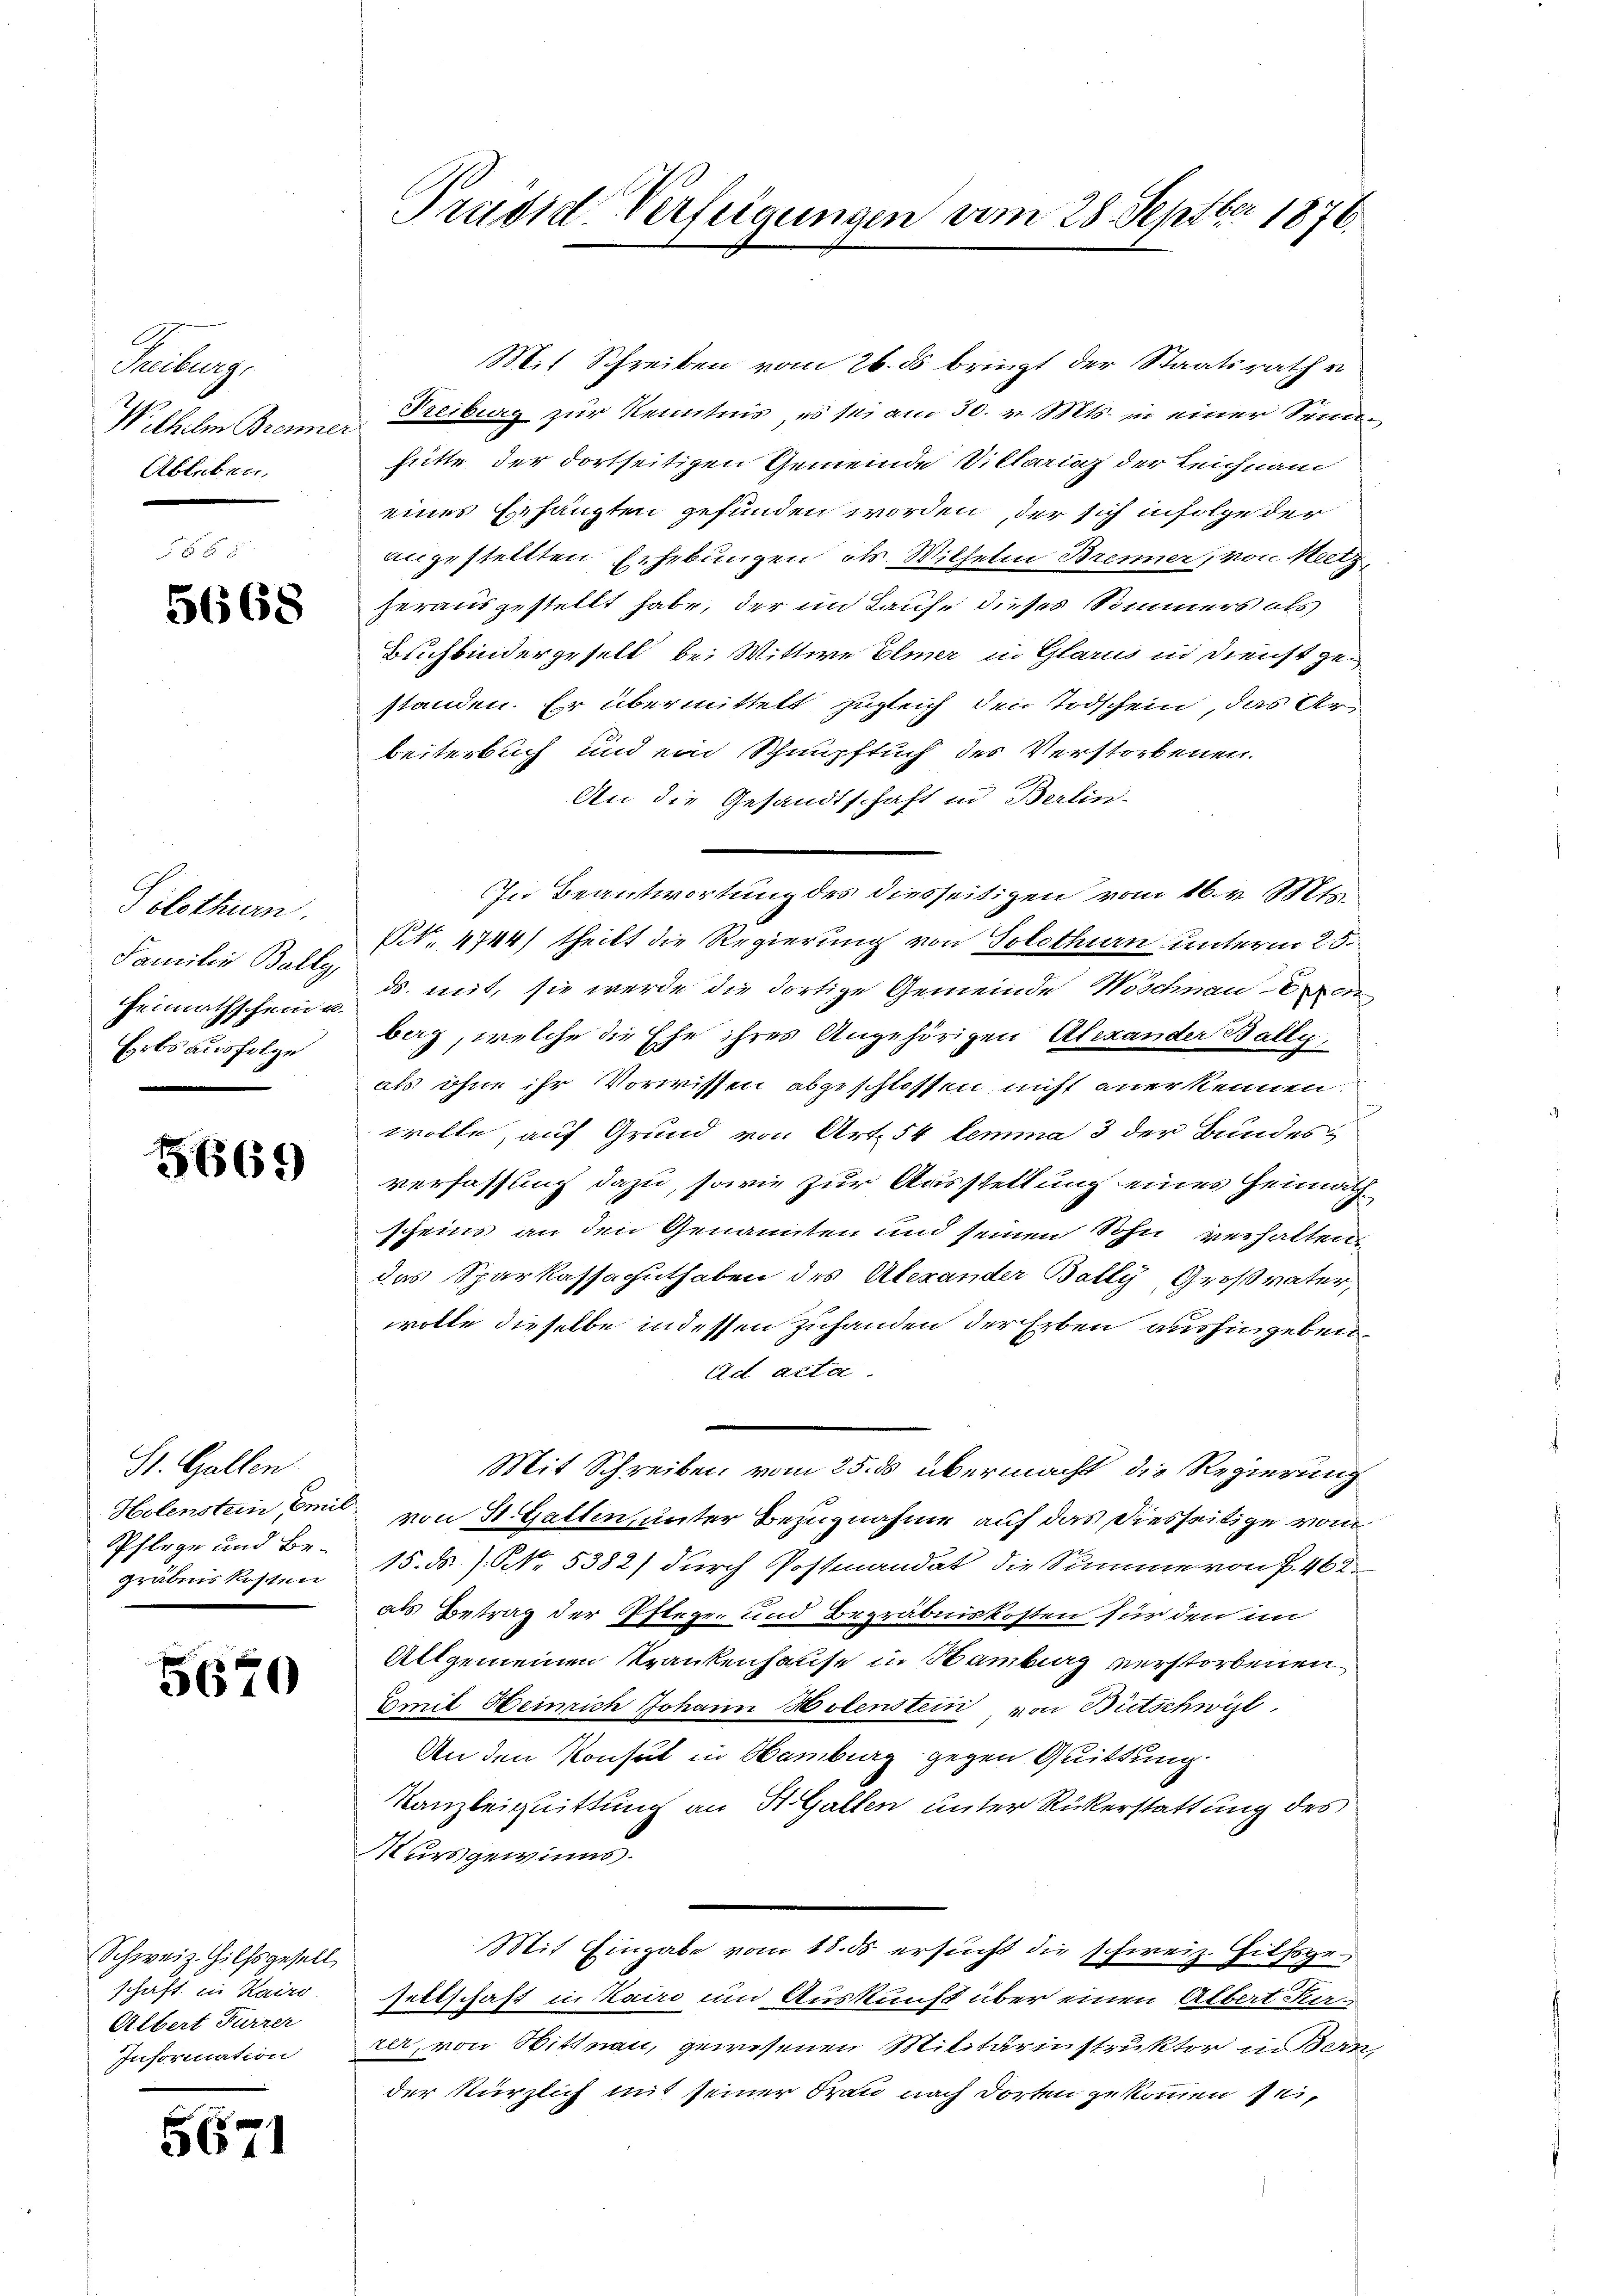
Karburg
Wilhelm Brenne.
Ableben.

5668

Solothurn.
Familie Bally,
Heimathschein u.
Erbs ausfolge

5669

St. Gallen
Pflege und Be-
gräbnis kosten

5670

Schweiz. Hilfsgesell
schäft in Kairo
Albert Furrer
Information

5671

Preisid Verfügungen vom 28. Septbr 1876.

Mit Schreiben vom 26. ds. bringt der Staatsrath u
Freiburg zur Kenntnis, es sei am 30. v. Mts. in einer Sennhütte der dortseitigen Gemeinde Villariaz der Leichnam
eines Erhängten gefunden worden, der sich infolge der
angestellten Erhebungen cts. Wilhelm Brenner, von Meetz,
herausgestellt habe, der im Laufe dieses Sommers als
Buchbindergesell bei Wittwe Elmer in Glarus in Dienst gestanden. Er übermittelt zugleich den Todschein, das Arbeiterbuch und ein Schnupftuch des Verstorbenen.
An die Gesandtschaft in Berlin-
In Beantwortung des diesseitigen vom 16. v. Mts.
Nr. 4744/ theilt die Regierung von Solothurn unterm 25.
ds. mit, sie werde die dortige Gemeinde Wöschnaueren
berg, welche die Ehe ihres Angehörigen Alexander Bally,
als ohne ihr Vorwissen abgeschlossen nicht anerkennen
wolle, auf Grund von Art. 54 lemma 3 der Bundes
verfassung dazu, sowie zur Ausstellung eines Heimathscheins an den Genannten und seinen Sohn verhalten
das Sparkassaguthaben des Alerander Bally, Großvater,
wolle dieselbe indessen Zuhanden der Erben aushingeben.
Ad acta.
Mit Schreiben vom 25. ds übermacht, die Regierung
Helenstein Emil von St. Gallen, unter Bezugnahme auf das Diesseitige vom
15. ds / NNo. 5382) durch Postmandat die Summe von P. 462.
als Betrag der Pflegen und Begräbniskosten für den im
Allgemeinen Krankenhause in Samburg verstorbenen
Emil Heinrich Johann Hotenstein von Bütschwist
An den Konsul in Hamburg gegen Quittung.
Kanzleiquittung an St. Gallen unter Rükerstattung des
Kursgewinns.
Mit Eingabe vom 18. ds ersucht die schweiz. Hilfsgr
sellschaft in Kairo um Auskunft über einen Albert Kerrer, von Wittnau, gewesenen Militärinstruktor indern,
der kürzlich mit seiner Frau nach dorten gekommen sei,